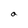
Character: a